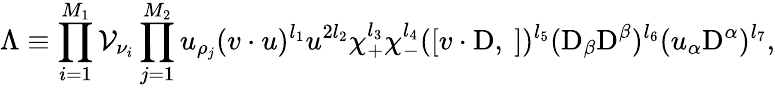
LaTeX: \Lambda\equiv\prod_{i=1}^{M_{1}}{\cal V}_{\nu_{i}}\prod_{j=1}^{M_{2}}u_{\rho_{j}}(v\cdot u)^{l_{1}}u^{2l_{2}}\chi_{+}^{l_{3}}\chi_{-}^{l_{4}}([v\cdot\mathrm{D},\ ])^{l_{5}}(\mathrm{D}_{\beta}\mathrm{D}^{\beta})^{l_{6}}(u_{\alpha}\mathrm{D}^{\alpha})^{l_{7}},